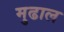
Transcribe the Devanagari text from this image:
मुढाल